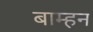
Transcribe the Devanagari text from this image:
बाम्हन